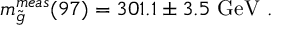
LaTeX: m _ { \tilde { g } } ^ { m e a s } ( 9 7 ) = 3 0 1 . 1 \pm 3 . 5 \mathrm { \ G e V ~ . }